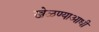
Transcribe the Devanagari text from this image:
खेळण्याआधी